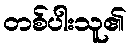
တစ်ပါးသူ၏